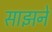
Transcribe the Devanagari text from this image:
साझने